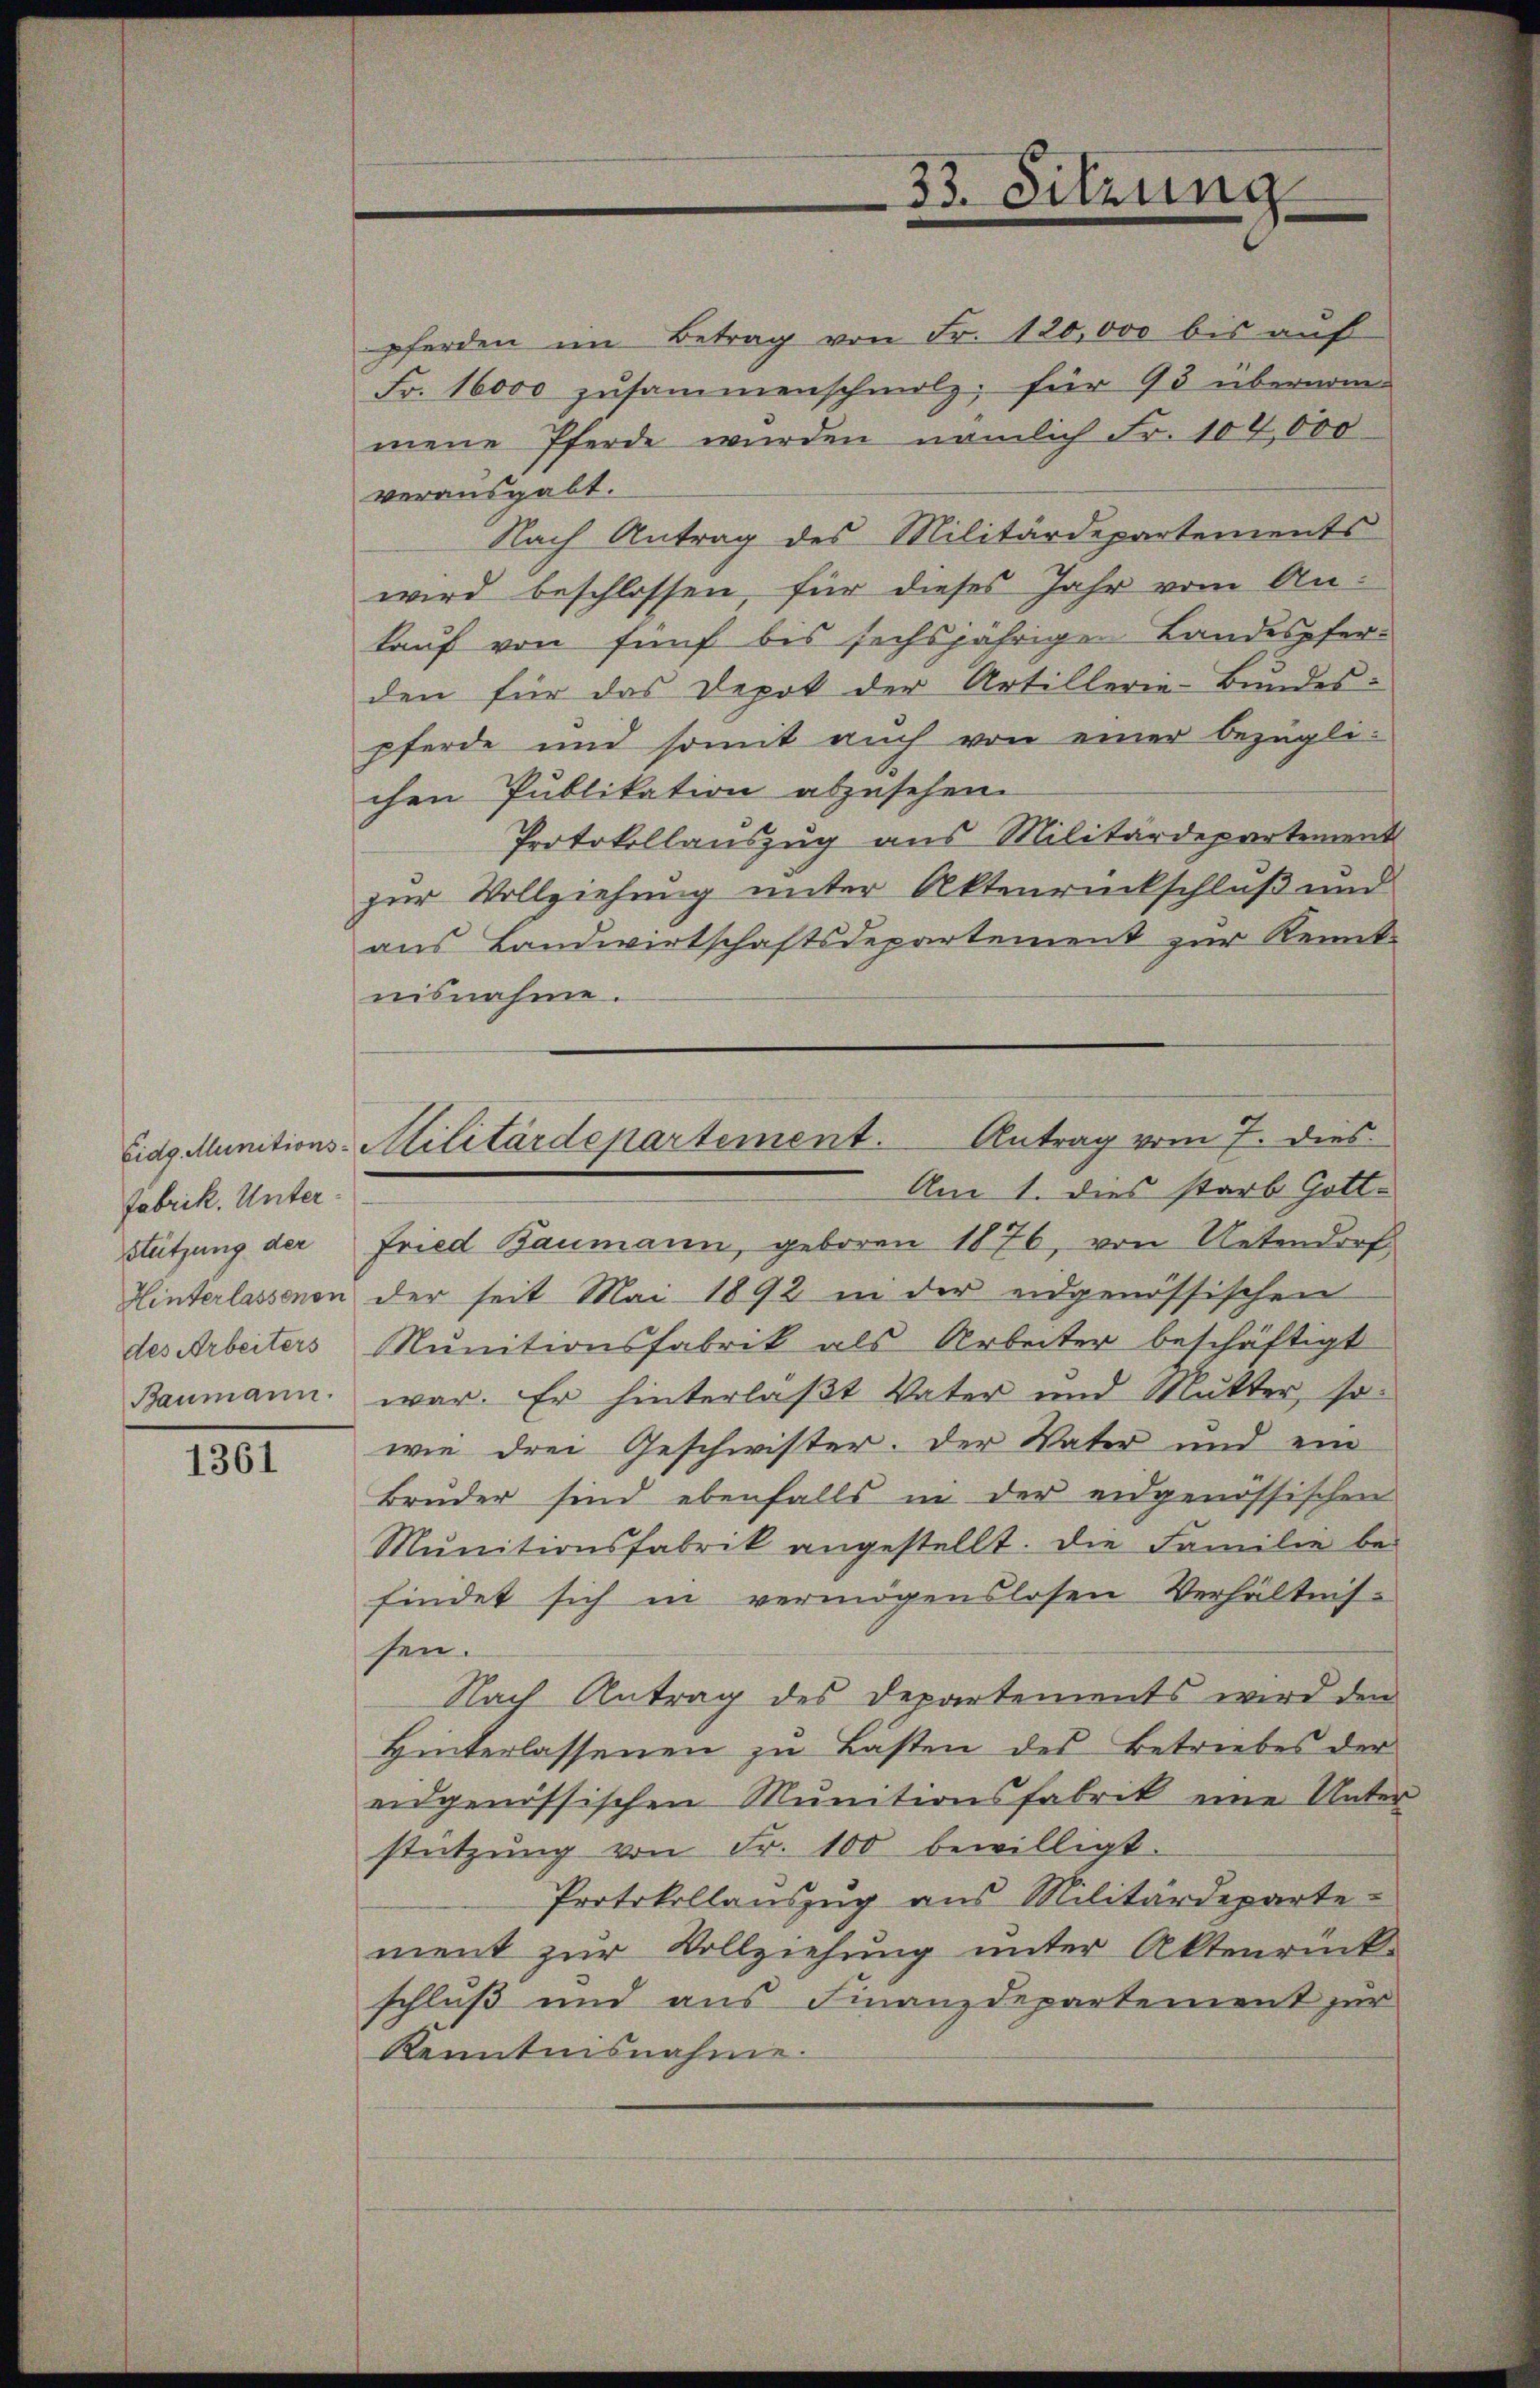
Fabrik. Unterstützung der
Hinterlassenen
Baumann.

1361

33. Sitzung

Antrag vom 7. dies
Eidg. Munitions-Militärdepartement.
Am 1. dies starb Gott.

pferden im Betrag von Fr. 120,000 bis auf
Fr. 16000 zŭsammenschmolz, für 93 übernom-
mene Pferde wurden nämlich Fr. 104,000
verausgabt.
Nach Antrag des Militärdepartements
wird beschlossen, für dieses Jahr vom Ankauf von fünf bis sechsjährigen Landespferden für das Depot der Artillerie-Bŭndes
pferde und somit auch von einer bezüglichen Publikation abzusehen.
Protokollauszug aus Militärdepartement
zur Vollziehung unter Aktenrückschluß und
aus Landwirtschaftsdepartement zur Kenntnisnahme.
Fried Baumann, geboren 1876, von Uetendorf
der seit Mai 1892 in der eidgenössischen
des Arbeiters Munitionsfabrik als Arbeiter beschäftigt
war. Er hinterläßt Vater und Mutter, so
wie drei Geschwister. Der Vater und ein
Brüder sind ebenfalls in der eidgenössischen
Mŭnitionsfabrik angestellt. Die Familie be-
findet sich in vermögenslosen Verhältnis-
sen.
Nach Antrag des Departements wird den
Hinterlassenen zu Lasten des Betriebes der
eidgenössischen Munitionsfabrik eine Unterstützŭng von Fr. 100 bewilligt.
Protokollanszug aus Militärdeparte
ment zur Vollziehung unter Aktenrück-
schluß und aus Finanzdepartement zur
Kenntnisnahme.